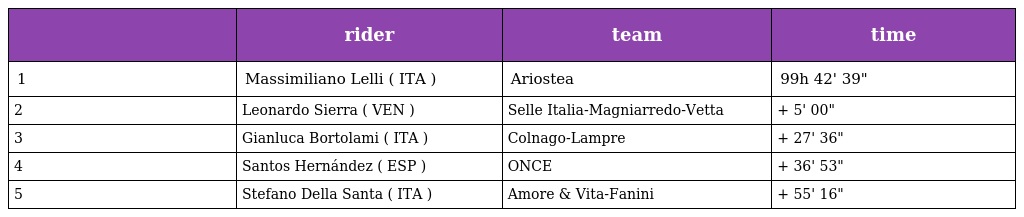
|  | rider | team | time |
 | --- | --- | --- | --- |
 | 1 | Massimiliano Lelli ( ITA ) | Ariostea | 99h 42' 39" |
 | 2 | Leonardo Sierra ( VEN ) | Selle Italia-Magniarredo-Vetta | + 5' 00" |
 | 3 | Gianluca Bortolami ( ITA ) | Colnago-Lampre | + 27' 36" |
 | 4 | Santos Hernández ( ESP ) | ONCE | + 36' 53" |
 | 5 | Stefano Della Santa ( ITA ) | Amore & Vita-Fanini | + 55' 16" |